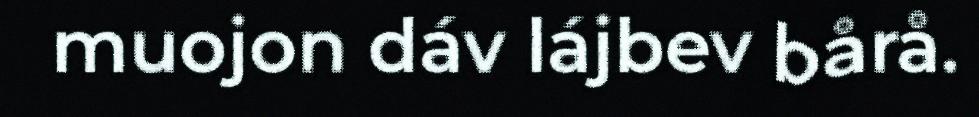
muojon dáv lájbev bårå.